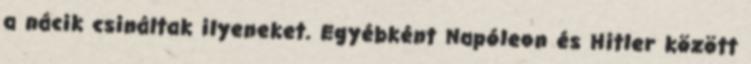
a nácik csináltak ilyeneket. Egyébként Napóleon és Hitler között